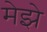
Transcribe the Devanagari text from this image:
मेझे